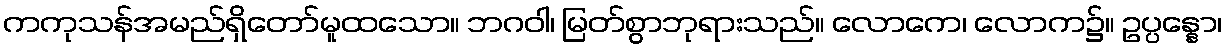
ကကုသန်အမည်ရှိတော်မူထသော။ ဘဂဝါ၊ မြတ်စွာဘုရားသည်။ လောကေ၊ လောက၌။ ဥပ္ပန္နော၊